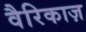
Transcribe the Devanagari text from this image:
वैरिकाज़